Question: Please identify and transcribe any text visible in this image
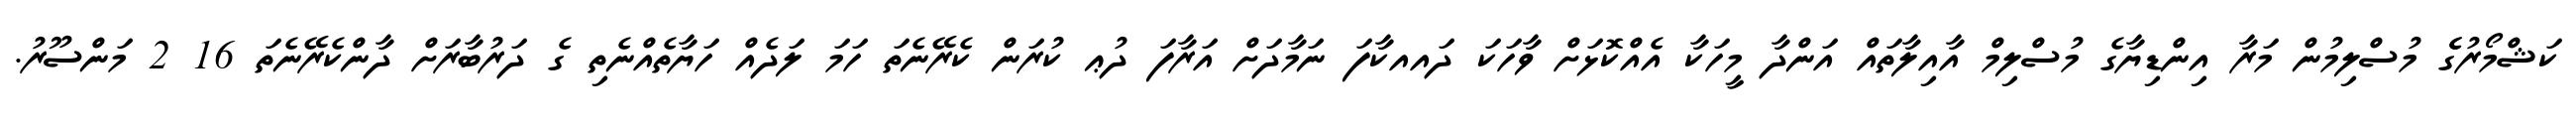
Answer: ކަޝްމޯރުގެެ މުސްލިމުން މަރާ އިންޑިޔާގެ މުސްލިމް އާއިލާތައް އަންދާ މީހަކާ އެއްކޮޅަށް ވާހަކަ ދައއކާފަ ނަމާދަށް އަރާފަ ދުޢ ކުރަން ކެރޭނެތަ ހަމަ ލަދެއް ހަޔާތެއްނެތި ގެ ދަރުބާރަށް ދާންކެރޭނެތަ 16 2 މަންސޫރު.